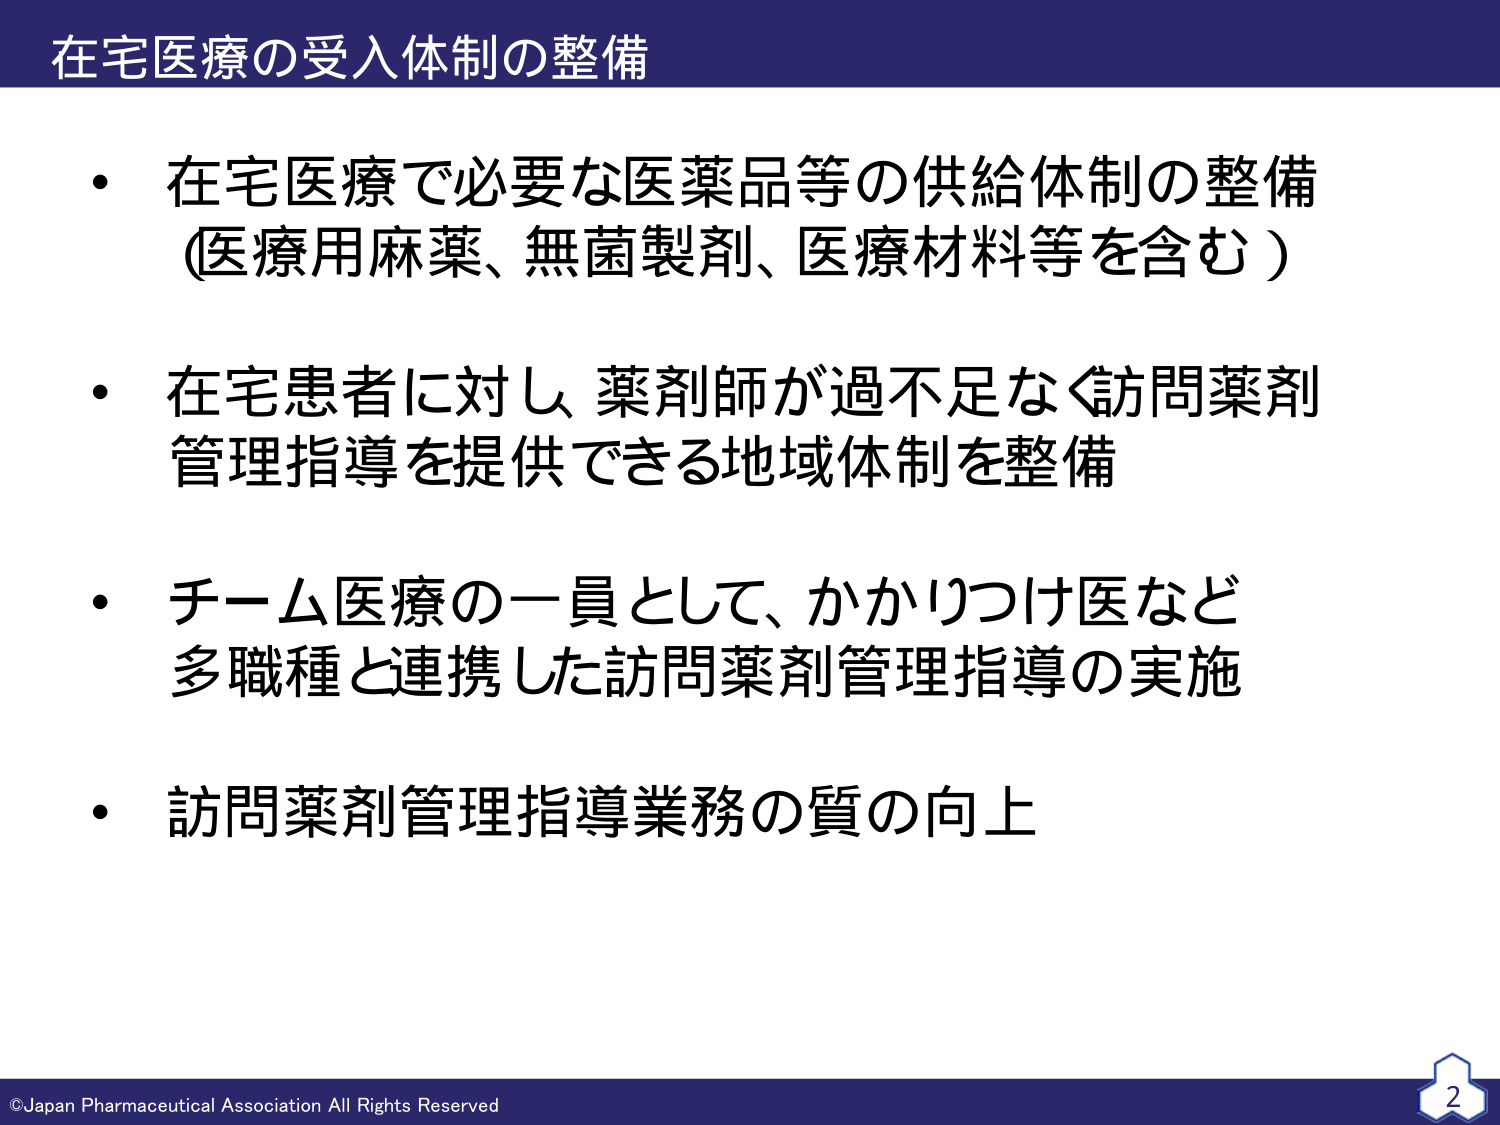
在宅医療の受入体制の整備

・在宅医療で必要な医薬品等の供給体制の整備
（医療用麻薬、無菌製剤、医療材料等を含む）

・在宅患者に対し、薬剤師が過不足なく訪問薬剤
管理指導を提供できる地域体制を整備

・チーム医療の一員として、かかりつけ医など
多職種と連携した訪問薬剤管理指導の実施

・訪問薬剤管理指導業務の質の向上

©Japan Pharmaceutical Association All Rights Reserved
2